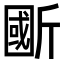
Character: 𣂽